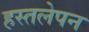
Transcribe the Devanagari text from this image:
हस्तलेपन